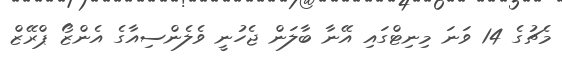
މެޗުގެ 14 ވަނަ މިނިޓްގައި އޭނާ ބާލަން ޖެހުނީ ވެލެންސިއާގެ އެންޒޯ ޕްރޭޒް